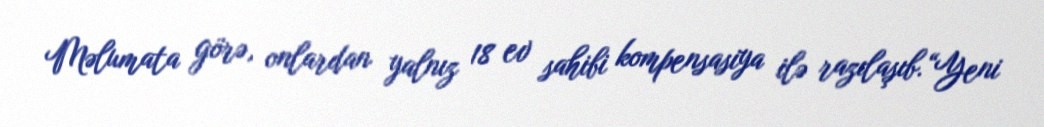
Məlumata görə, onlardan yalnız 18 ev sahibi kompensasiya ilə razılaşıb.“Yeni